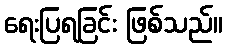
ရေးပြရခြင်း ဖြစ်သည်။